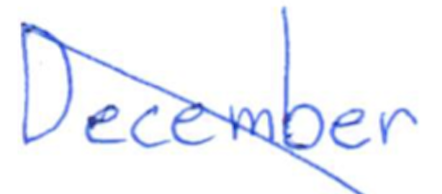
Text: December
Cross-out: diagonal
Writing tool: ballpoint